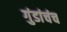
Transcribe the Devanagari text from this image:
गुंडांचंच